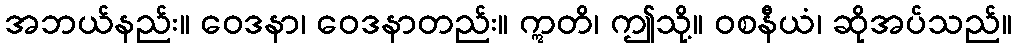
အဘယ်နည်း။ ဝေဒနာ၊ ဝေဒနာတည်း။ ဣတိ၊ ဤသို့။ ဝစနီယံ၊ ဆိုအပ်သည်။